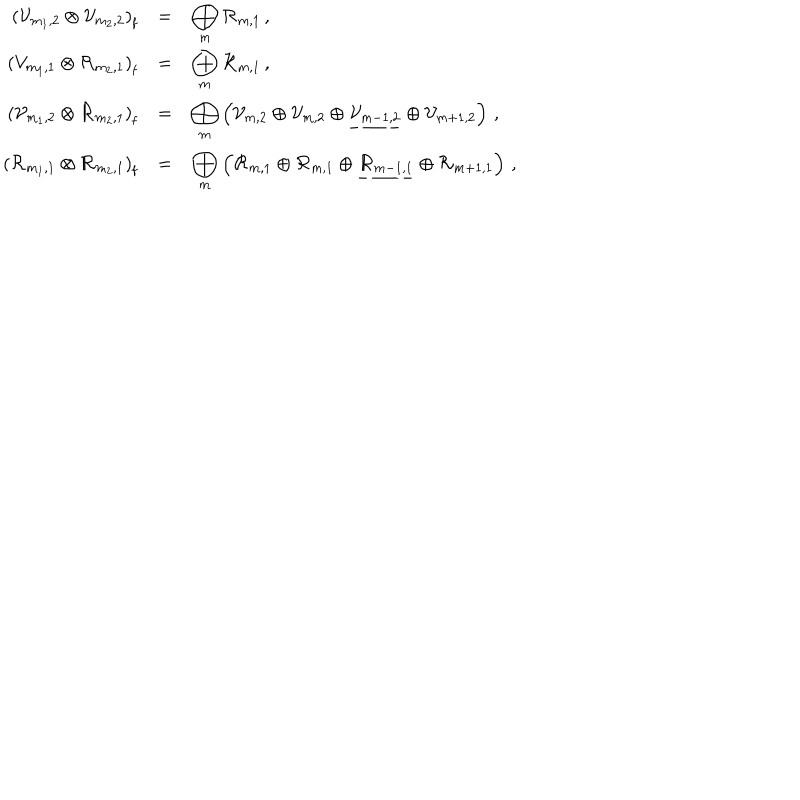
LaTeX: \begin{array} { r c l } { { { \displaystyle \left( { \cal V } _ { m _ { 1 } , 2 } \otimes { \cal V } _ { m _ { 2 } , 2 } \right) _ { \mathrm f } } } } & { { = } } & { { \displaystyle \bigoplus _ { m } { \cal R } _ { m , 1 } \, , } } \\ { { \displaystyle \left( { \cal V } _ { m _ { 1 } , 1 } \otimes { \cal R } _ { m _ { 2 } , 1 } \right) _ { \mathrm f } } } & { { = } } & { { \displaystyle \bigoplus _ { m } { \cal R } _ { m , 1 } \, , } } \\ { { \displaystyle \left( { \cal V } _ { m _ { 1 } , 2 } \otimes { \cal R } _ { m _ { 2 } , 1 } \right) _ { \mathrm f } } } & { { = } } & { { \displaystyle \bigoplus _ { m } \left( { \cal V } _ { m , 2 } \oplus { \cal V } _ { m , 2 } \oplus \underline { { { { \cal V } _ { m - 1 , 2 } } } } \oplus { \cal V } _ { m + 1 , 2 } \right) \, , } } \\ { { \displaystyle \left( { \cal R } _ { m _ { 1 } , 1 } \otimes { \cal R } _ { m _ { 2 } , 1 } \right) _ { \mathrm f } } } & { { = } } & { { \displaystyle \bigoplus _ { m } \left( { \cal R } _ { m , 1 } \oplus { \cal R } _ { m , 1 } \oplus \underline { { { { \cal R } _ { m - 1 , 1 } } } } \oplus { \cal R } _ { m + 1 , 1 } \right) \, , } } \\ \end{array}